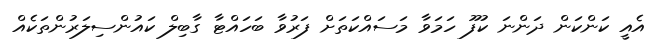
އެއީ ކަންކަން ދަންނަ ކުފޫ ހަމަވާ މަސައްކަތަށް ފަރުވާ ބަހައްޓާ ގާބިލް ކައުންސިލަރުންތަކެއް